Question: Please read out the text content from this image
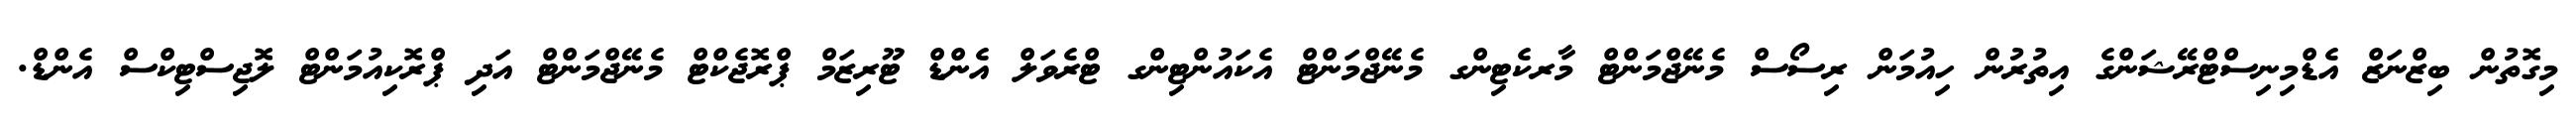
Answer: މިގޮތުން ބިޒްނަޒް އެޑްމިނިސްޓްރޭޝަންގެ އިތުރުން ހިއުމަން ރިސޯސް މެނޭޖްމަންޓް މާރކެޓިންގ މެނޭޖްމަންޓް އެކައުންޓިންގ ޓްރެވަލް އެންޑް ޓޫރިޒަމް ޕްރޮޖެކްޓް މެނޭޖްމަންޓް އަދި ޕްރޮކިއުމަންޓް ލޮޖިސްޓިކްސް އެންޑް.